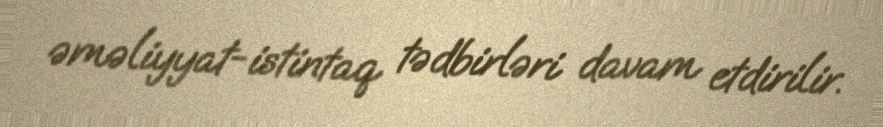
əməliyyat-istintaq tədbirləri davam etdirilir.